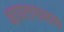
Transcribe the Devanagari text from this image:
आयतफलक